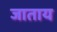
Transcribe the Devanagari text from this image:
जाताय